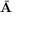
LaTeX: \bar { \mathbf { A } }